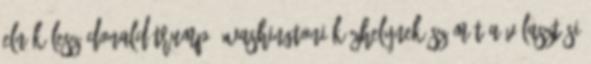
elnök lesz Donald Trump. Washingtoni közhelynek számít a választási